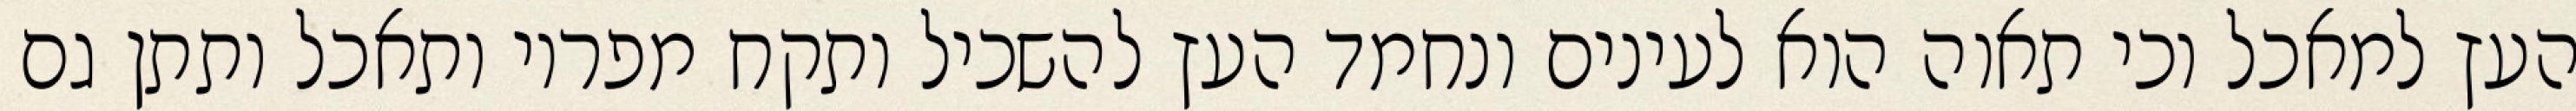
העץ למאכל וכי תאוה הוא לעינים ונחמד העץ להשכיל ותקח מפריו ותאכל ותתן גם